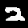
Label: 2